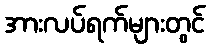
အားလပ်ရက်များတွင်